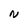
Character: N